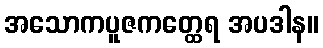
အသောကပူဇကတ္ထေရ အပဒါန။